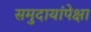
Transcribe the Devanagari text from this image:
समुदायांपेक्षा